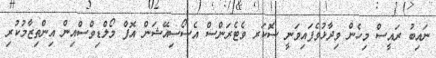
ނައިބު ރައީސް މިހެން ވިދާޅުވެފައިވަނީ ސޮކަރ ވެޓެރަންސް އެސޯސިއޭޝަން އޮފް މޯލްޑިވްސްއިން އިންތިޒާމުކުރި